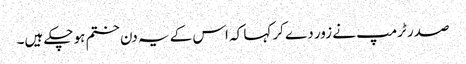
صدر ٹرمپ نے زور دے کر کہا کہ اس کے یہ دن ختم ہو چکے ہیں۔